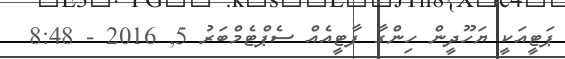
ޕަޓީއަކީ ޔަހޫދީން ހިންގާ ފާޓީއެއް ސެޕްޓެމްބަރު 5